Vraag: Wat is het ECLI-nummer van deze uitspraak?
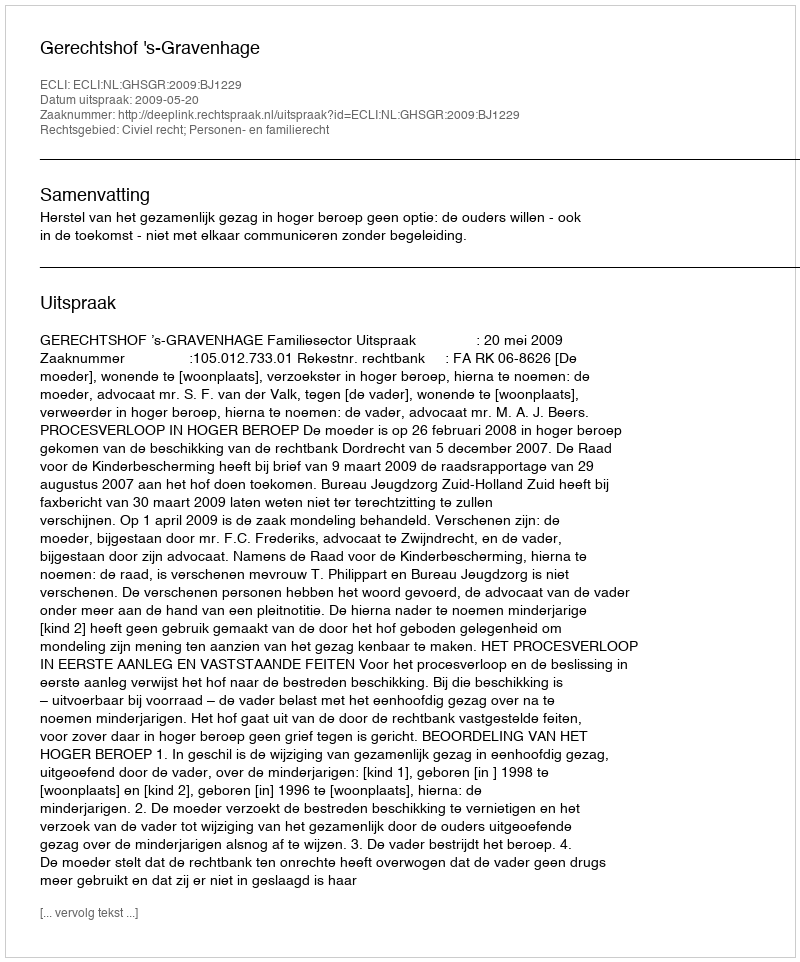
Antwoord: ECLI:NL:GHSGR:2009:BJ1229